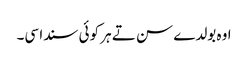
اوہ بولدے سن تے ہر کوئی سندا سی۔